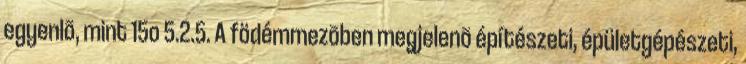
egyenlõ, mint 15o 5.2.5. A födémmezõben megjelenõ építészeti, épületgépészeti,